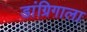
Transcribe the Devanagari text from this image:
डांग्रिगाला